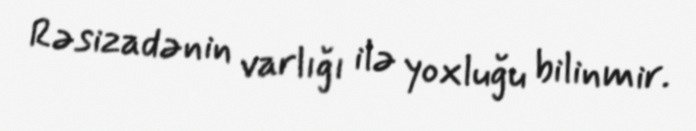
Rəsizadənin varlığı ilə yoxluğu bilinmir.